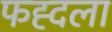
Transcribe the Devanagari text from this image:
फह्दला